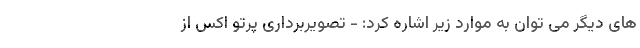
های دیگر می توان به موارد زیر اشاره کرد: - تصویربرداری پرتو اکس از